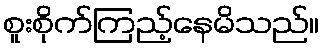
စူးစိုက်ကြည့်နေမိသည်။